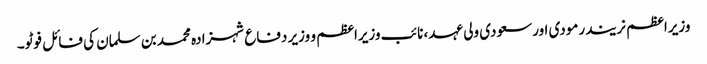
وزیراعظم نریندرمودی اورسعودی ولی عہد، نائب وزیراعظم و وزیر دفاع شہزادہ محمد بن سلمان کی فائل فوٹو۔